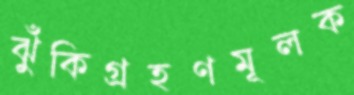
ঝুঁকিগ্রহণমূলক